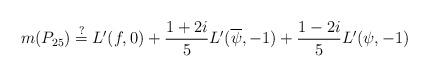
LaTeX: \begin{align*}m(P_{25}) \stackrel{?}{=} L'(f,0) + \frac{1+2i}{5} L'(\overline{\psi},-1) + \frac{1-2i}{5} L'(\psi,-1)\end{align*}